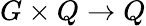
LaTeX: G\times Q\to Q